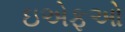
ઇએફઓ